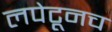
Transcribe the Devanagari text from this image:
लपेटूनच